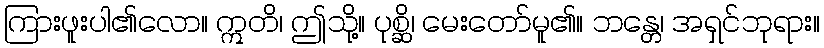
ကြားဖူးပါ၏လော။ ဣတိ၊ ဤသို့။ ပုစ္ဆိ၊ မေးတော်မူ၏။ ဘန္တေ၊ အရှင်ဘုရား။